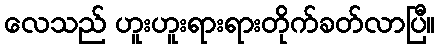
လေသည် ဟူးဟူးရားရားတိုက်ခတ်လာပြီ။